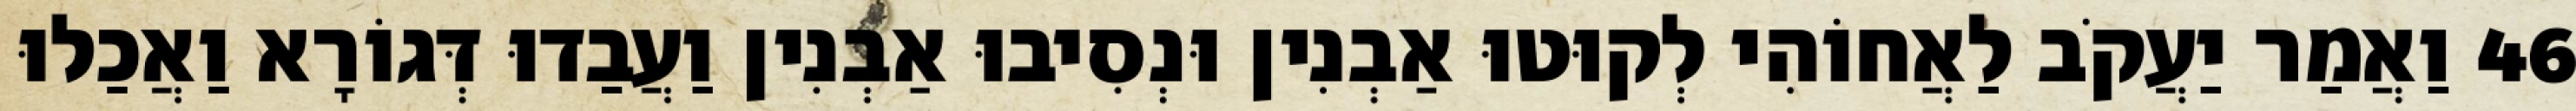
46 וַאֲמַר יַעֲקֹב לַאֲחוֹהִי לְקוּטוּ אַבְנִין וּנְסִיבוּ אַבְנִין וַעֲבַדוּ דְּגוֹרָא וַאֲכַלוּ